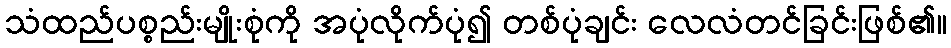
သံထည်ပစ္စည်းမျိုးစုံကို အပုံလိုက်ပုံ၍ တစ်ပုံချင်း လေလံတင်ခြင်းဖြစ်၏။